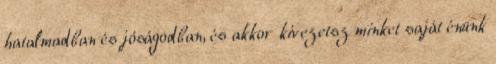
hatalmadban és jóságodban, és akkor kivezetsz minket saját énünk